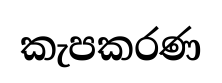
කැපකරණ